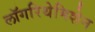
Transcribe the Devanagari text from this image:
लॉगरिथेमिशेन